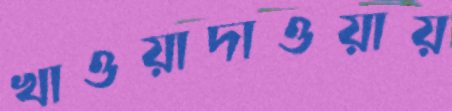
খাওয়াদাওয়ায়